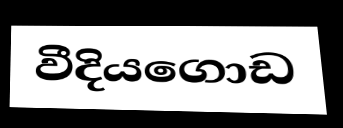
වීදියගොඩ